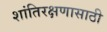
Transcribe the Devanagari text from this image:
शांतिरक्षणासाठी